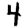
Digit: 4